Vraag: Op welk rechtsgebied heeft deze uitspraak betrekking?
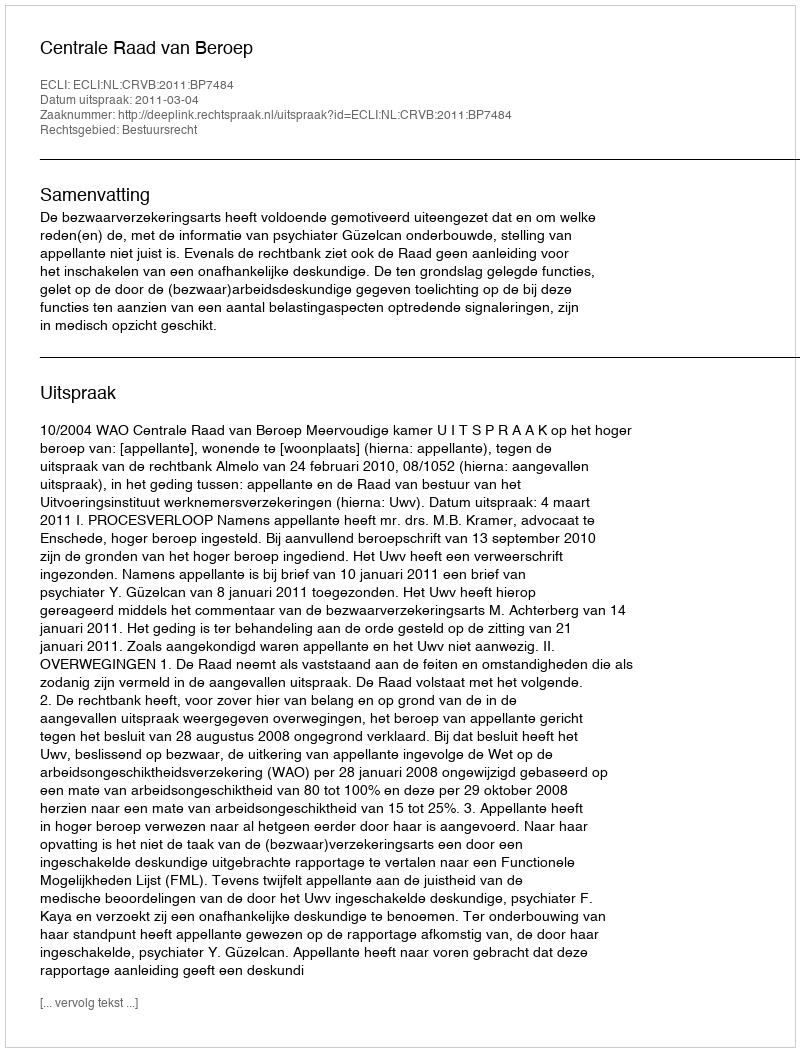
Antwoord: Bestuursrecht